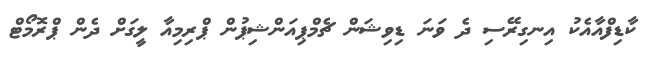
ކާޑިފްއާއެކު އިނގިރޭސި ދެ ވަނަ ޑިވިޝަން ޗެމްޕިއަންޝިޕުން ޕްރިމިއާ ލީގަށް ދެން ޕްރޮމޯޓް